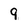
Character: 9